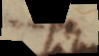
se